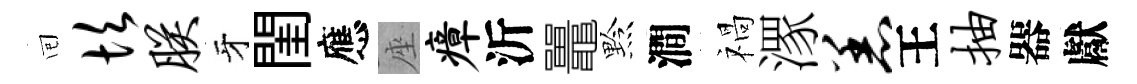
囘坎朕牙閨應座瘴沂鼉黔澗禍潈恙王抽器獻